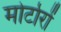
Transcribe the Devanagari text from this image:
मोर्टारों